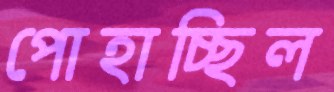
পোহাচ্ছিল